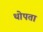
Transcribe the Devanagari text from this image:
थोपता